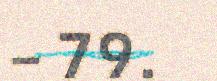
– 79.